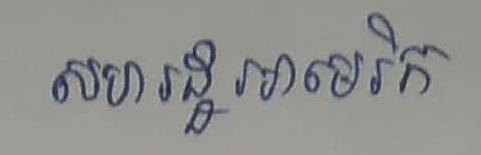
សហរដ្ឋអាមេរិក